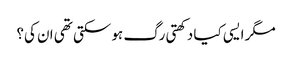
مگر ایسی کیا دکھتی رگ ہو سکتی تھی ان کی؟